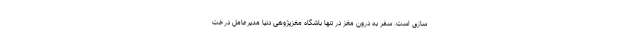
سازی است. سفر به درون مغز در تنها باشگاه مغزپژوهی دنیا مدیرعامل درخت